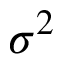
\sigma ^ { 2 }